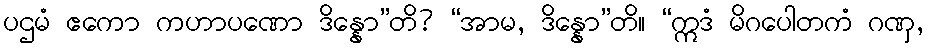
ပဌမံ ဧကော ကဟာပဏော ဒိန္နော”တိ? “အာမ, ဒိန္နော”တိ။ “ဣဒံ မိဂပေါတကံ ဂဏှ,